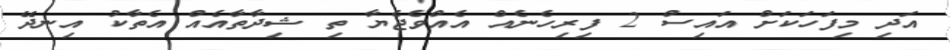
އަދި މިފަހަކަށް އައިސް 2 ފިރިހެނެއް އެއްވެޖެޔާ ތި ޝިދާތާއެއް އެތާކު އިނދޭ